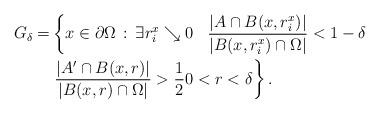
LaTeX: \begin{align*}G_{\delta}=& \left\{x\in\partial\Omega\,:\, \exists r^x_i\searrow 0\;\;\; \dfrac{|A\cap B(x,r^x_i)|}{|B(x,r^x_i)\cap \Omega|}<1-\delta \right.\\&\left. \dfrac{|A'\cap B(x,r)|}{|B(x,r)\cap \Omega|}>\frac12 0 < r < \delta\right\}.\end{align*}